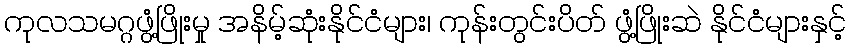
ကုလသမဂ္ဂဖွံ့ဖြိုးမှု အနိမ့်ဆုံးနိုင်ငံများ၊ ကုန်းတွင်းပိတ် ဖွံ့ဖြိုးဆဲ နိုင်ငံများနှင့်